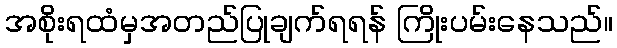
အစိုးရထံမှအတည်ပြုချက်ရရန် ကြိုးပမ်းနေသည်။